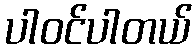
ပါဝင်ပါတယ်